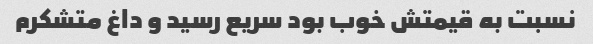
نسبت به قیمتش خوب بود سریع رسید و داغ متشکرم